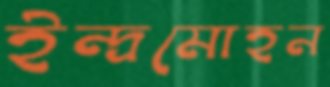
ইন্দ্রমোহন